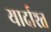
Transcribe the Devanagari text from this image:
यार्दाश्त